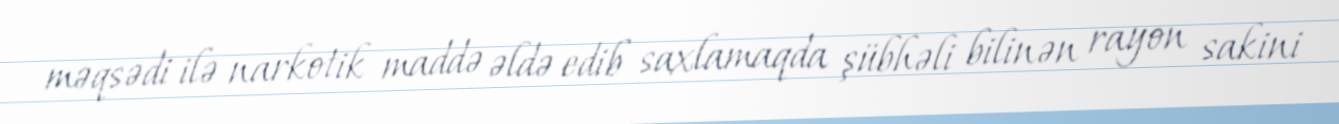
məqsədi ilə narkotik maddə əldə edib saxlamaqda şübhəli bilinən rayon sakini